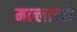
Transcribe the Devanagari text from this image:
मल्लाहले